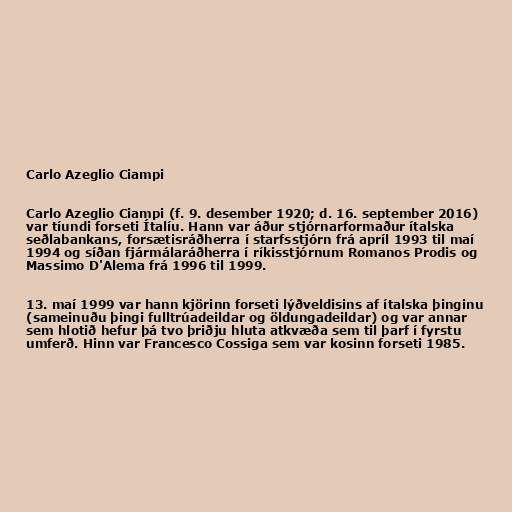
Carlo Azeglio Ciampi

Carlo Azeglio Ciampi (f. 9. desember 1920; d. 16. september 2016)
var tíundi forseti Ítalíu. Hann var áður stjórnarformaður ítalska
seðlabankans, forsætisráðherra í starfsstjórn frá apríl 1993 til maí
1994 og síðan fjármálaráðherra í ríkisstjórnum Romanos Prodis og
Massimo D'Alema frá 1996 til 1999.

13. maí 1999 var hann kjörinn forseti lýðveldisins af ítalska þinginu
(sameinuðu þingi fulltrúadeildar og öldungadeildar) og var annar
sem hlotið hefur þá tvo þriðju hluta atkvæða sem til þarf í fyrstu
umferð. Hinn var Francesco Cossiga sem var kosinn forseti 1985.